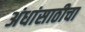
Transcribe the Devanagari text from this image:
अंधांसाठीचा